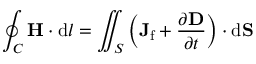
\oint _ { C } \mathbf { H } \cdot \mathrm { d } { \boldsymbol { l } } = \iint _ { S } \left( \mathbf { J } _ { \mathrm { f } } + { \frac { \partial \mathbf { D } } { \partial t } } \right) \cdot \mathrm { d } \mathbf { S }